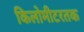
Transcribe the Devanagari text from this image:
किलोमीटरतक